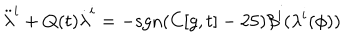
{ \ddot { \lambda } } ^ { i } + Q ( t ) { \dot { \lambda } } ^ { i } = - \mathrm { s g n } ( C [ g , t ] - 2 5 ) \beta ^ { i } ( \lambda ^ { i } ( \phi ) )